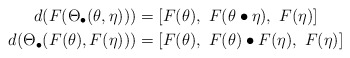
\begin{align*}d(F(\Theta_{\bullet}(\theta,\eta)))&=[F(\theta),\ F(\theta\bullet \eta),\ F(\eta)] \\ d(\Theta_{\bullet}(F(\theta),F(\eta)))&= [F(\theta),\ F(\theta)\bullet F(\eta),\ F(\eta)] \end{align*}